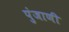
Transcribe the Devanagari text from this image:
पुंजाणी